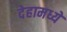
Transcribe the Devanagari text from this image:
देहामध्ये